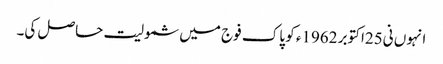
انہوں نی25اکتوبر 1962ء کو پاک فوج میں شمولیت حاصل کی۔